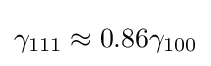
\gamma _{111}\approx 0.86\gamma _{100}